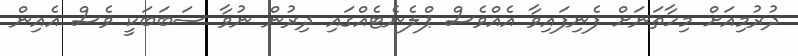
ދުރުމިއަށް މިހާތަނަށް ފެނިފައިވާ އެއްވެސް ޕްލެނެޓެއްގައި ދިރުން ނުވާ ސަބަބަކީ ވެސް އެއިން